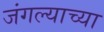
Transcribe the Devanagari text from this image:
जंगल्याच्या